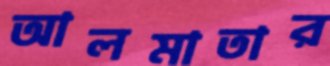
আলমাতার